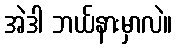
အဲဒါ ဘယ်နားမှာလဲ။